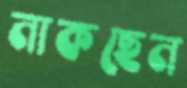
নাকছেন